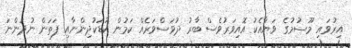
އިރުވައި މޫސުމުގެ ވަޔާއެކު އޮއިވަރުވެސް ބާރު ދުވަސްވަރެއް ކަމުން ކުޑަކުދިންނާއި ފަތަން ނުދަންނަ